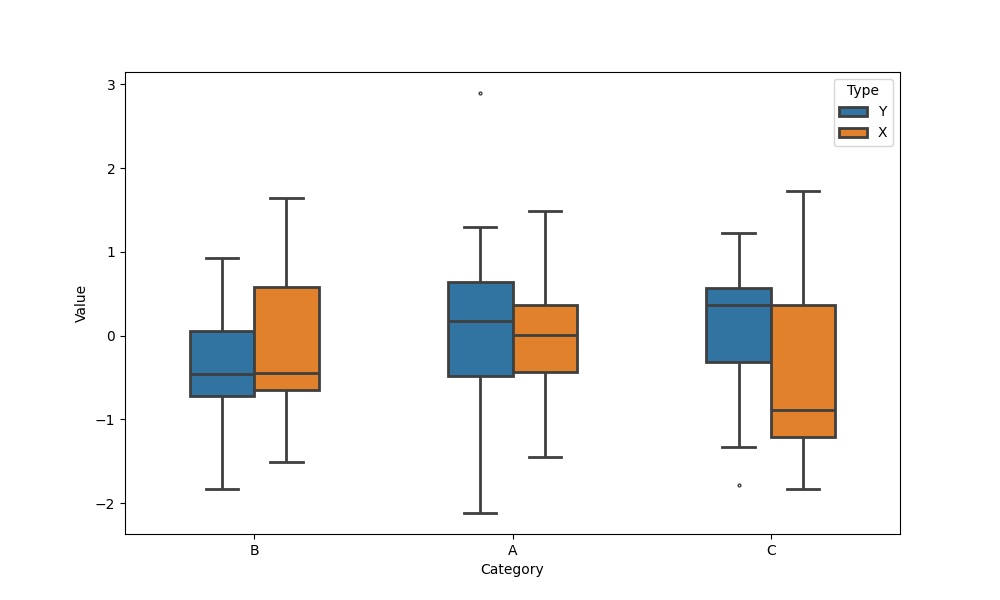
python, seaborn, boxplot, width=0.5, linewidth=2, fliersize=2, notch=False